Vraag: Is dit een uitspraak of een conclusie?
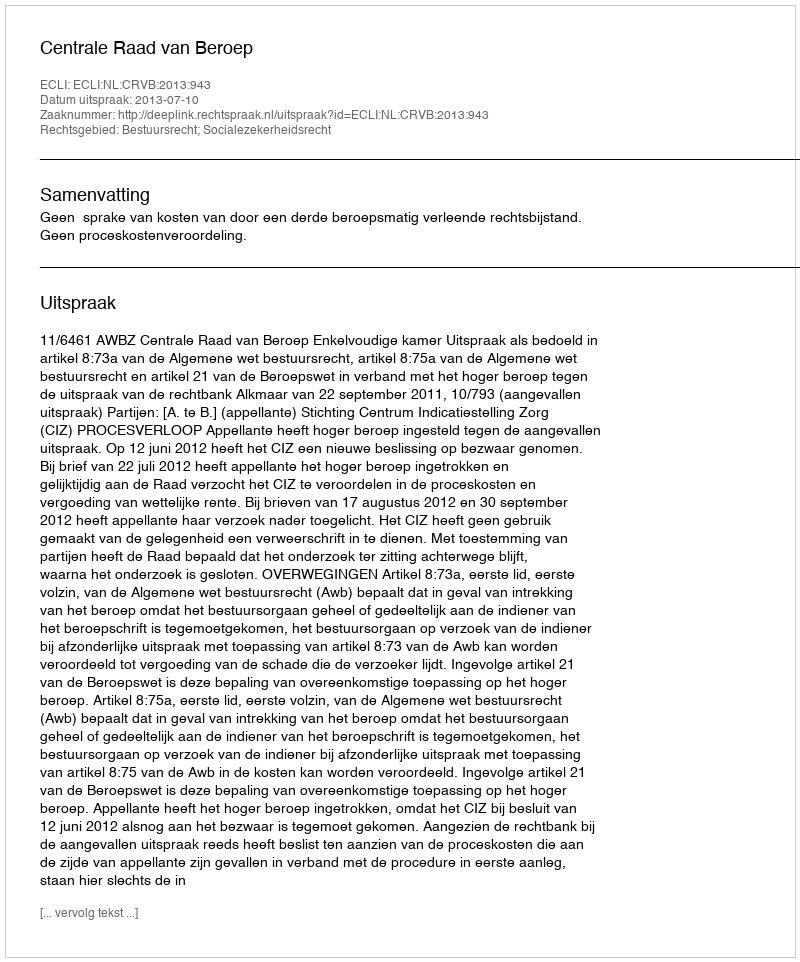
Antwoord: Uitspraak